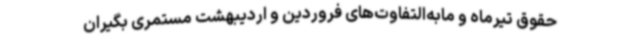
حقوق تیرماه و مابه‌التفاوت‌های فروردین و اردیبهشت مستمری‌ بگیران